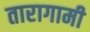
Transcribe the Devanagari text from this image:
तारागामी